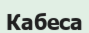
Кабеса